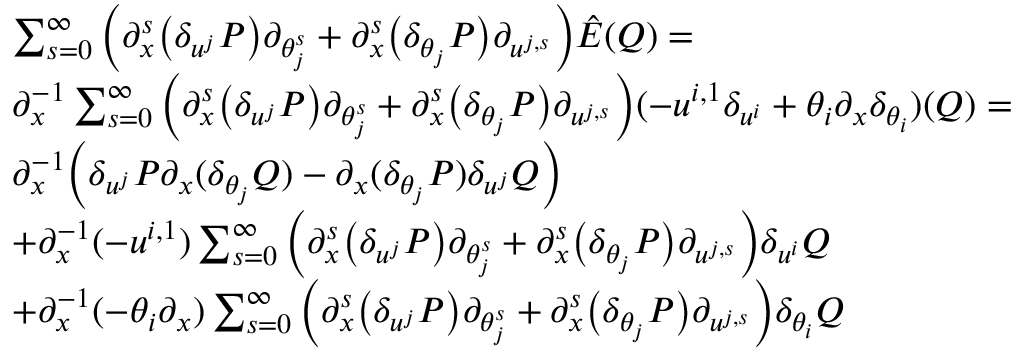
\begin{array} { r l } & { \sum _ { s = 0 } ^ { \infty } \Big ( { \partial } _ { x } ^ { s } \big ( \delta _ { u ^ { j } } P \big ) { \partial } _ { \theta _ { j } ^ { s } } + { \partial } _ { x } ^ { s } \big ( \delta _ { \theta _ { j } } P \big ) { \partial } _ { u ^ { j , s } } \Big ) \hat { E } ( Q ) = } \\ & { { \partial } _ { x } ^ { - 1 } \sum _ { s = 0 } ^ { \infty } \Big ( { \partial } _ { x } ^ { s } \big ( \delta _ { u ^ { j } } P \big ) { \partial } _ { \theta _ { j } ^ { s } } + { \partial } _ { x } ^ { s } \big ( \delta _ { \theta _ { j } } P \big ) { \partial } _ { u ^ { j , s } } \Big ) ( - u ^ { i , 1 } \delta _ { u ^ { i } } + \theta _ { i } { \partial } _ { x } \delta _ { \theta _ { i } } ) ( Q ) = } \\ & { { \partial } _ { x } ^ { - 1 } \Big ( \delta _ { u ^ { j } } P { \partial } _ { x } ( \delta _ { \theta _ { j } } Q ) - { \partial } _ { x } ( \delta _ { \theta _ { j } } P ) \delta _ { u ^ { j } } Q \Big ) } \\ & { + { \partial } _ { x } ^ { - 1 } ( - u ^ { i , 1 } ) \sum _ { s = 0 } ^ { \infty } \Big ( { \partial } _ { x } ^ { s } \big ( \delta _ { u ^ { j } } P \big ) { \partial } _ { \theta _ { j } ^ { s } } + { \partial } _ { x } ^ { s } \big ( \delta _ { \theta _ { j } } P \big ) { \partial } _ { u ^ { j , s } } \Big ) \delta _ { u ^ { i } } Q } \\ & { + { \partial } _ { x } ^ { - 1 } ( - \theta _ { i } { \partial } _ { x } ) \sum _ { s = 0 } ^ { \infty } \Big ( { \partial } _ { x } ^ { s } \big ( \delta _ { u ^ { j } } P \big ) { \partial } _ { \theta _ { j } ^ { s } } + { \partial } _ { x } ^ { s } \big ( \delta _ { \theta _ { j } } P \big ) { \partial } _ { u ^ { j , s } } \Big ) \delta _ { \theta _ { i } } Q } \end{array}